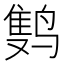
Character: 𲎂